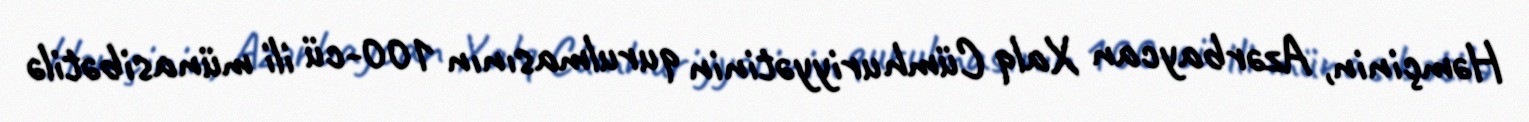
Həmçinin, Azərbaycan Xalq Cümhuriyyətinin qurulmasının 100-cü ili münasibətilə